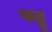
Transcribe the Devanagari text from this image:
फट्टू